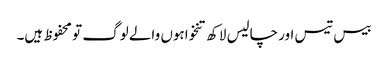
بیس تیس اور چالیس لاکھ تنخواہوں والے لوگ تو محفوظ ہیں۔